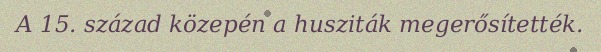
A 15. század közepén a husziták megerősítették.